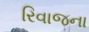
રિવાજના